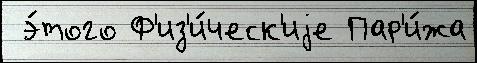
 э́того Ф'из'и́ческ'иjе Пар'и́жа